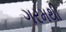
ગરમથી